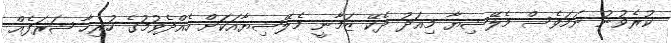
ކުރެވުނު ނަމަވެސް މެލޭޝިޔާ މިއަދު ދެކޭ ޒަމާނީ މެލޭޝިޔާއަކަށް ހެއްދެވުމުގެ ހުރިހާ ޝަރަފެއް